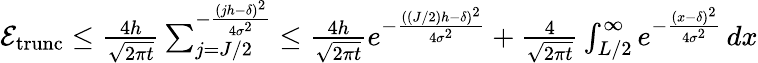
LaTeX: \begin{array}{r}{\mathcal{E}_{\mathrm{trunc}}\leq\frac{4h}{\sqrt{2\pi t}}\sum_{j=J/2}^{-\frac{(jh-\delta)^{2}}{4\sigma^{2}}}\leq\frac{4h}{\sqrt{2\pi t}}e^{-\frac{((J/2)h-\delta)^{2}}{4\sigma^{2}}}+\frac{4}{\sqrt{2\pi t}}\int_{L/2}^{\infty}e^{-\frac{(x-\delta)^{2}}{4\sigma^{2}}}\, dx}\end{array}